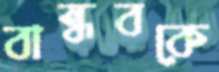
বান্ধবকে